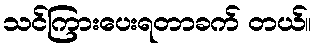
သင်ကြားပေးရတာခက် တယ်။